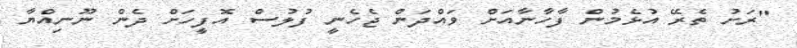
"ރަށު ތެރޭ އުޅެމުން ފާހާނާއަށް ވައްދަން ޖެހެނީ ފުލުސް އޮފީހަށް ދެން ނޫނިއްޔާ